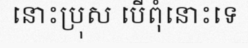
នោះប្រុស បើពុំនោះទេ